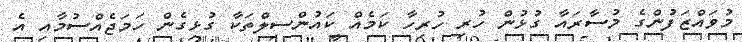
މުވައްޒަފުންގެ މުސާރައާ ގުޅުން ހުރި ހުރިހާ ކަމެއް ކައުންސިލްތަކާ ގުޅިގެން ހަމަޖެއްސުމާއި އެ